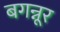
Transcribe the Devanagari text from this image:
बगन्नूर